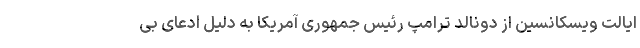
ایالت ویسکانسین از دونالد ترامپ رئیس جمهوری آمریکا به دلیل ادعای بی